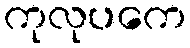
ကုလုပကေ